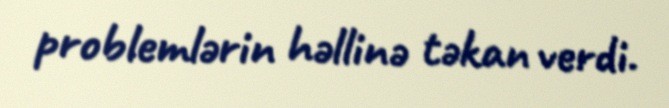
problemlərin həllinə təkan verdi.